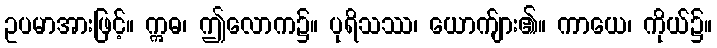
ဥပမာအားဖြင့်။ ဣဓ၊ ဤလောက၌။ ပုရိသဿ၊ ယောက်ျား၏။ ကာယေ၊ ကိုယ်၌။